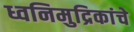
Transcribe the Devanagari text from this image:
ध्वनिमुद्रिकांचे